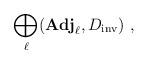
LaTeX: \begin{align*} \bigoplus_\ell ({\bf Adj}_\ell, D_{\rm inv})~,\end{align*}